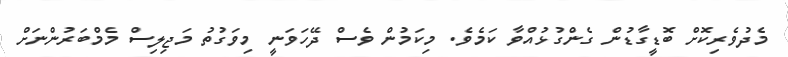
މެދުވެރިކޮށް ބޮޑީގާޑުން ގެންގުޅުއްވާ ކަމެވެ. މިކަމުން ވެސް ދޭހަވަނީ މިވަގުތު މަޖިލިސް މެމްބަރުންނަށް